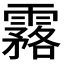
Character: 𩅗